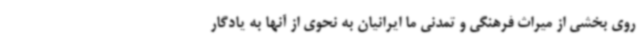
روی بخشی از میراث فرهنگی و تمدنی ما ایرانیان به نحوی از آنها به یادگار